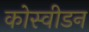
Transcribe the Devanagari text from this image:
कोस्वीडन